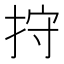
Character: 𢬇